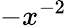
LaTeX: -x^{-2}